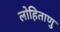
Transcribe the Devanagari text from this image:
लोहिताणु